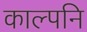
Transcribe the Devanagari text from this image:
काल्पनि